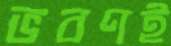
ভবণই